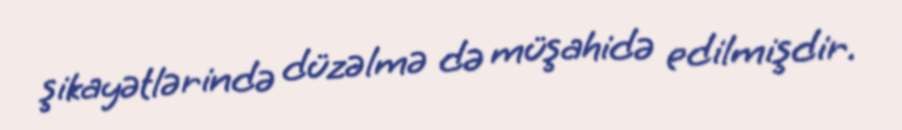
şikayətlərində düzəlmə də müşahidə edilmişdir.